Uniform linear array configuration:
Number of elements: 4
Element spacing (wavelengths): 0.75
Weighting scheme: exponential
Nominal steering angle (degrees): -15
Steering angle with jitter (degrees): -16.757
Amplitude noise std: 0.05
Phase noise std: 0.05

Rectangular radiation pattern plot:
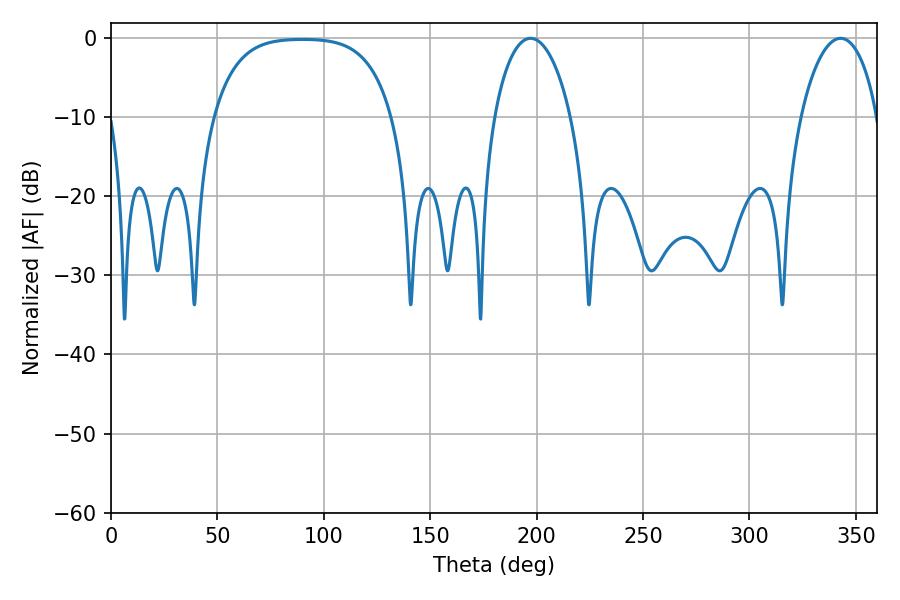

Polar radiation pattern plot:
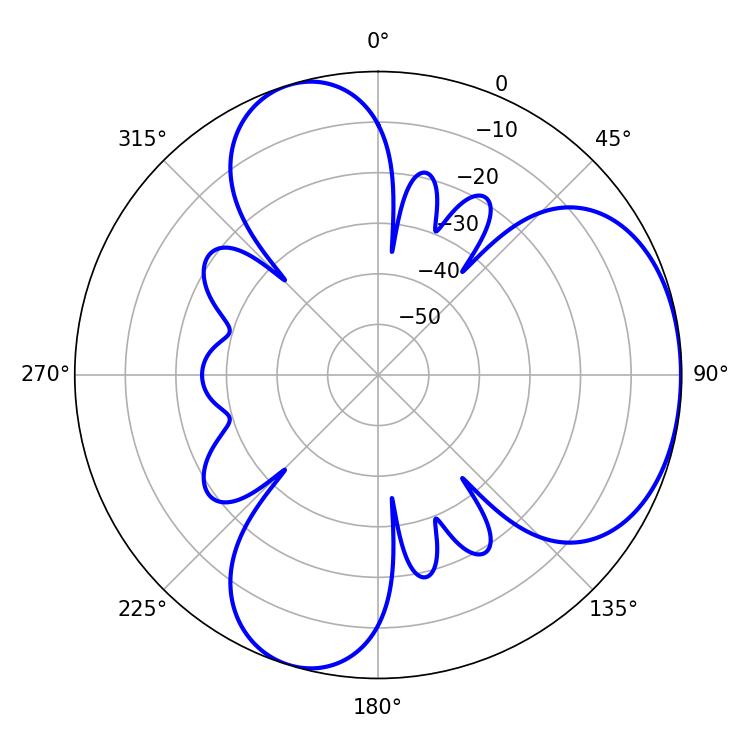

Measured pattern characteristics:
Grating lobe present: TRUE
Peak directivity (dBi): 4.471
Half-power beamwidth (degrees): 20.52
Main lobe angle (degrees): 197.1